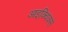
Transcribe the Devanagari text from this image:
आइक्विक्स